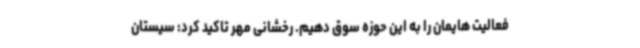
فعالیت هایمان را به این حوزه سوق دهیم. رخشانی مهر تاکید کرد: سیستان